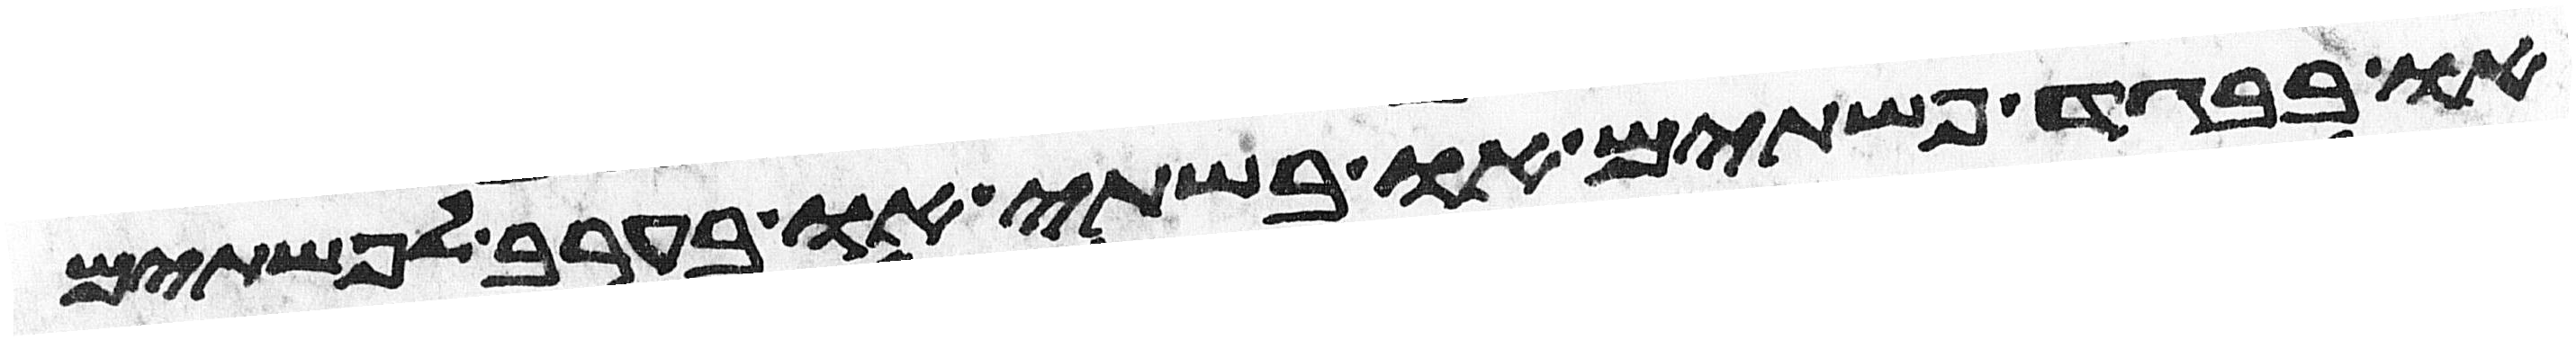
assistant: או בבגד פשתים או בשתי או בערב לפשתים